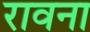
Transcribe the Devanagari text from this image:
रावना